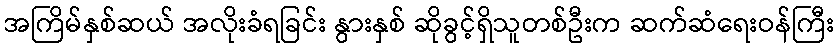
အကြိမ်နှစ်ဆယ် အလိုးခံရခြင်း နွားနှစ် ဆိုခွင့်ရှိသူတစ်ဦးက ဆက်ဆံရေးဝန်ကြီး